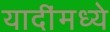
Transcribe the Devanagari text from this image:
यादींमध्ये